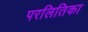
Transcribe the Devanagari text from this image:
परलितिका